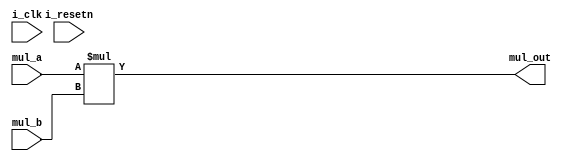

module mul #(
// tb_rtl   parameter
 parameter A = 8,
 parameter B = 8,
 parameter MUL_0 = A+B
)
(
	input wire	i_clk	,
	input wire	i_resetn	,
	
	input wire	[A-1:0] mul_a,
	input wire	[B-1:0] mul_b,
	output wire	[MUL_0-1:0] mul_out
);

// output wire mul_out  

assign mul_out = $signed(mul_a) * $signed(mul_b); 
// 21ns mul_a=48, mul_b=20  adder_out 960  
// 26ns mul_a=-4, uml_b=2  adder_out -8  -

endmodule